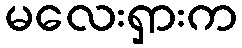
မလေးရှားက